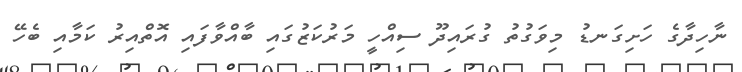
ނާހިދާގެ ހަށިގަނޑު މިވަގުތު ގުރައިދޫ ސިއްހީ މަރުކަޒުގައި ބާއްވާފައި އޮތްއިރު ކަމާއި ބެހޭ